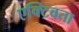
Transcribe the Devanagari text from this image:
एक्टिवता